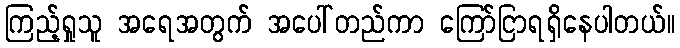
ကြည့်ရှုသူ အရေအတွက် အပေါ်တည်ကာ ကြော်ငြာရရှိနေပါတယ်။